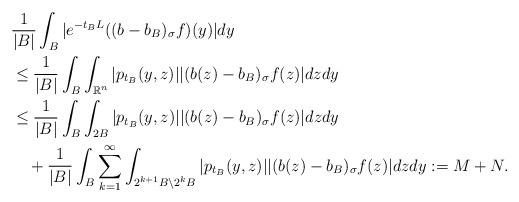
LaTeX: \begin{align*}&\frac{1}{|B|}\int_B|e^{-t_BL}((b-b_B)_{\sigma}f)(y)|dy\\&\leq \frac{1}{|B|}\int_B\int_{\mathbb{R}^n}|p_{t_B}(y,z)||(b(z)-b_B)_{\sigma}f(z)|dzdy\\&\leq \frac{1}{|B|}\int_B\int_{2B}|p_{t_B}(y,z)||(b(z)-b_B)_{\sigma}f(z)|dzdy\\&\quad+ \frac{1}{|B|}\int_B\sum\limits_{k=1}^{\infty}\int_{2^{k+1}B\setminus 2^kB}|p_{t_B}(y,z)||(b(z)-b_B)_{\sigma}f(z)|dzdy:=M+N.\end{align*}